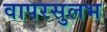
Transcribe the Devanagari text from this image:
वापरसुलभ